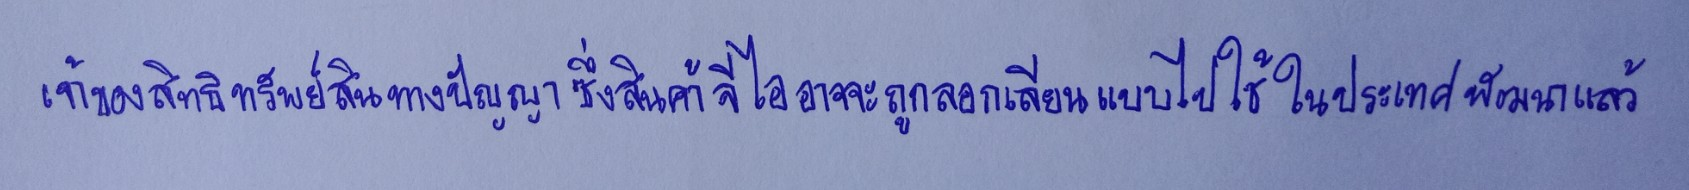
เจ้าของสิทธิทรัพย์สินทางปัญญาซึ่งสินค้าจีไออาจจะถูกลอกเลียนแบบไปใช้ในประเทศพัฒนาแล้ว